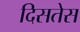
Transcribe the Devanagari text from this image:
दिसतेस